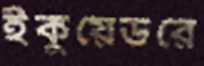
ইকুয়েডরে